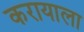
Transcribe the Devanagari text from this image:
करायाला